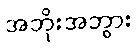
အဘိုးအဘွား